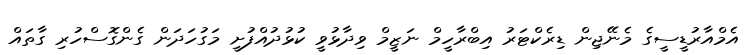
އެމްއާރުޑީސީގެ މެނޭޖިން ޑިރެކްޓަރު އިބްރާހީމް ނަޒީމް ވިދާޅުވީ ކުޅުދުއްފުށީ މަގުހަދަން ގެންގޮސްހުރި ގާތައް